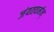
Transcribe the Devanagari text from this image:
जंयतवर्मन्